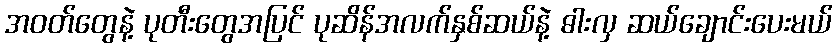
အဝတ်တွေနဲ့ ပုတီးတွေအပြင် ပုဆိန်အလက်နှစ်ဆယ်နဲ့ ဓါးလှ ဆယ်ချောင်းပေးမယ်